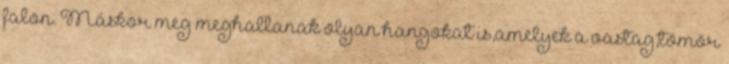
falon. Máskor meg meghallanak olyan hangokat is,amelyek a vastag,tömör